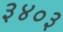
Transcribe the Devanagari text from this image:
३४०३